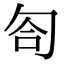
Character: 匌